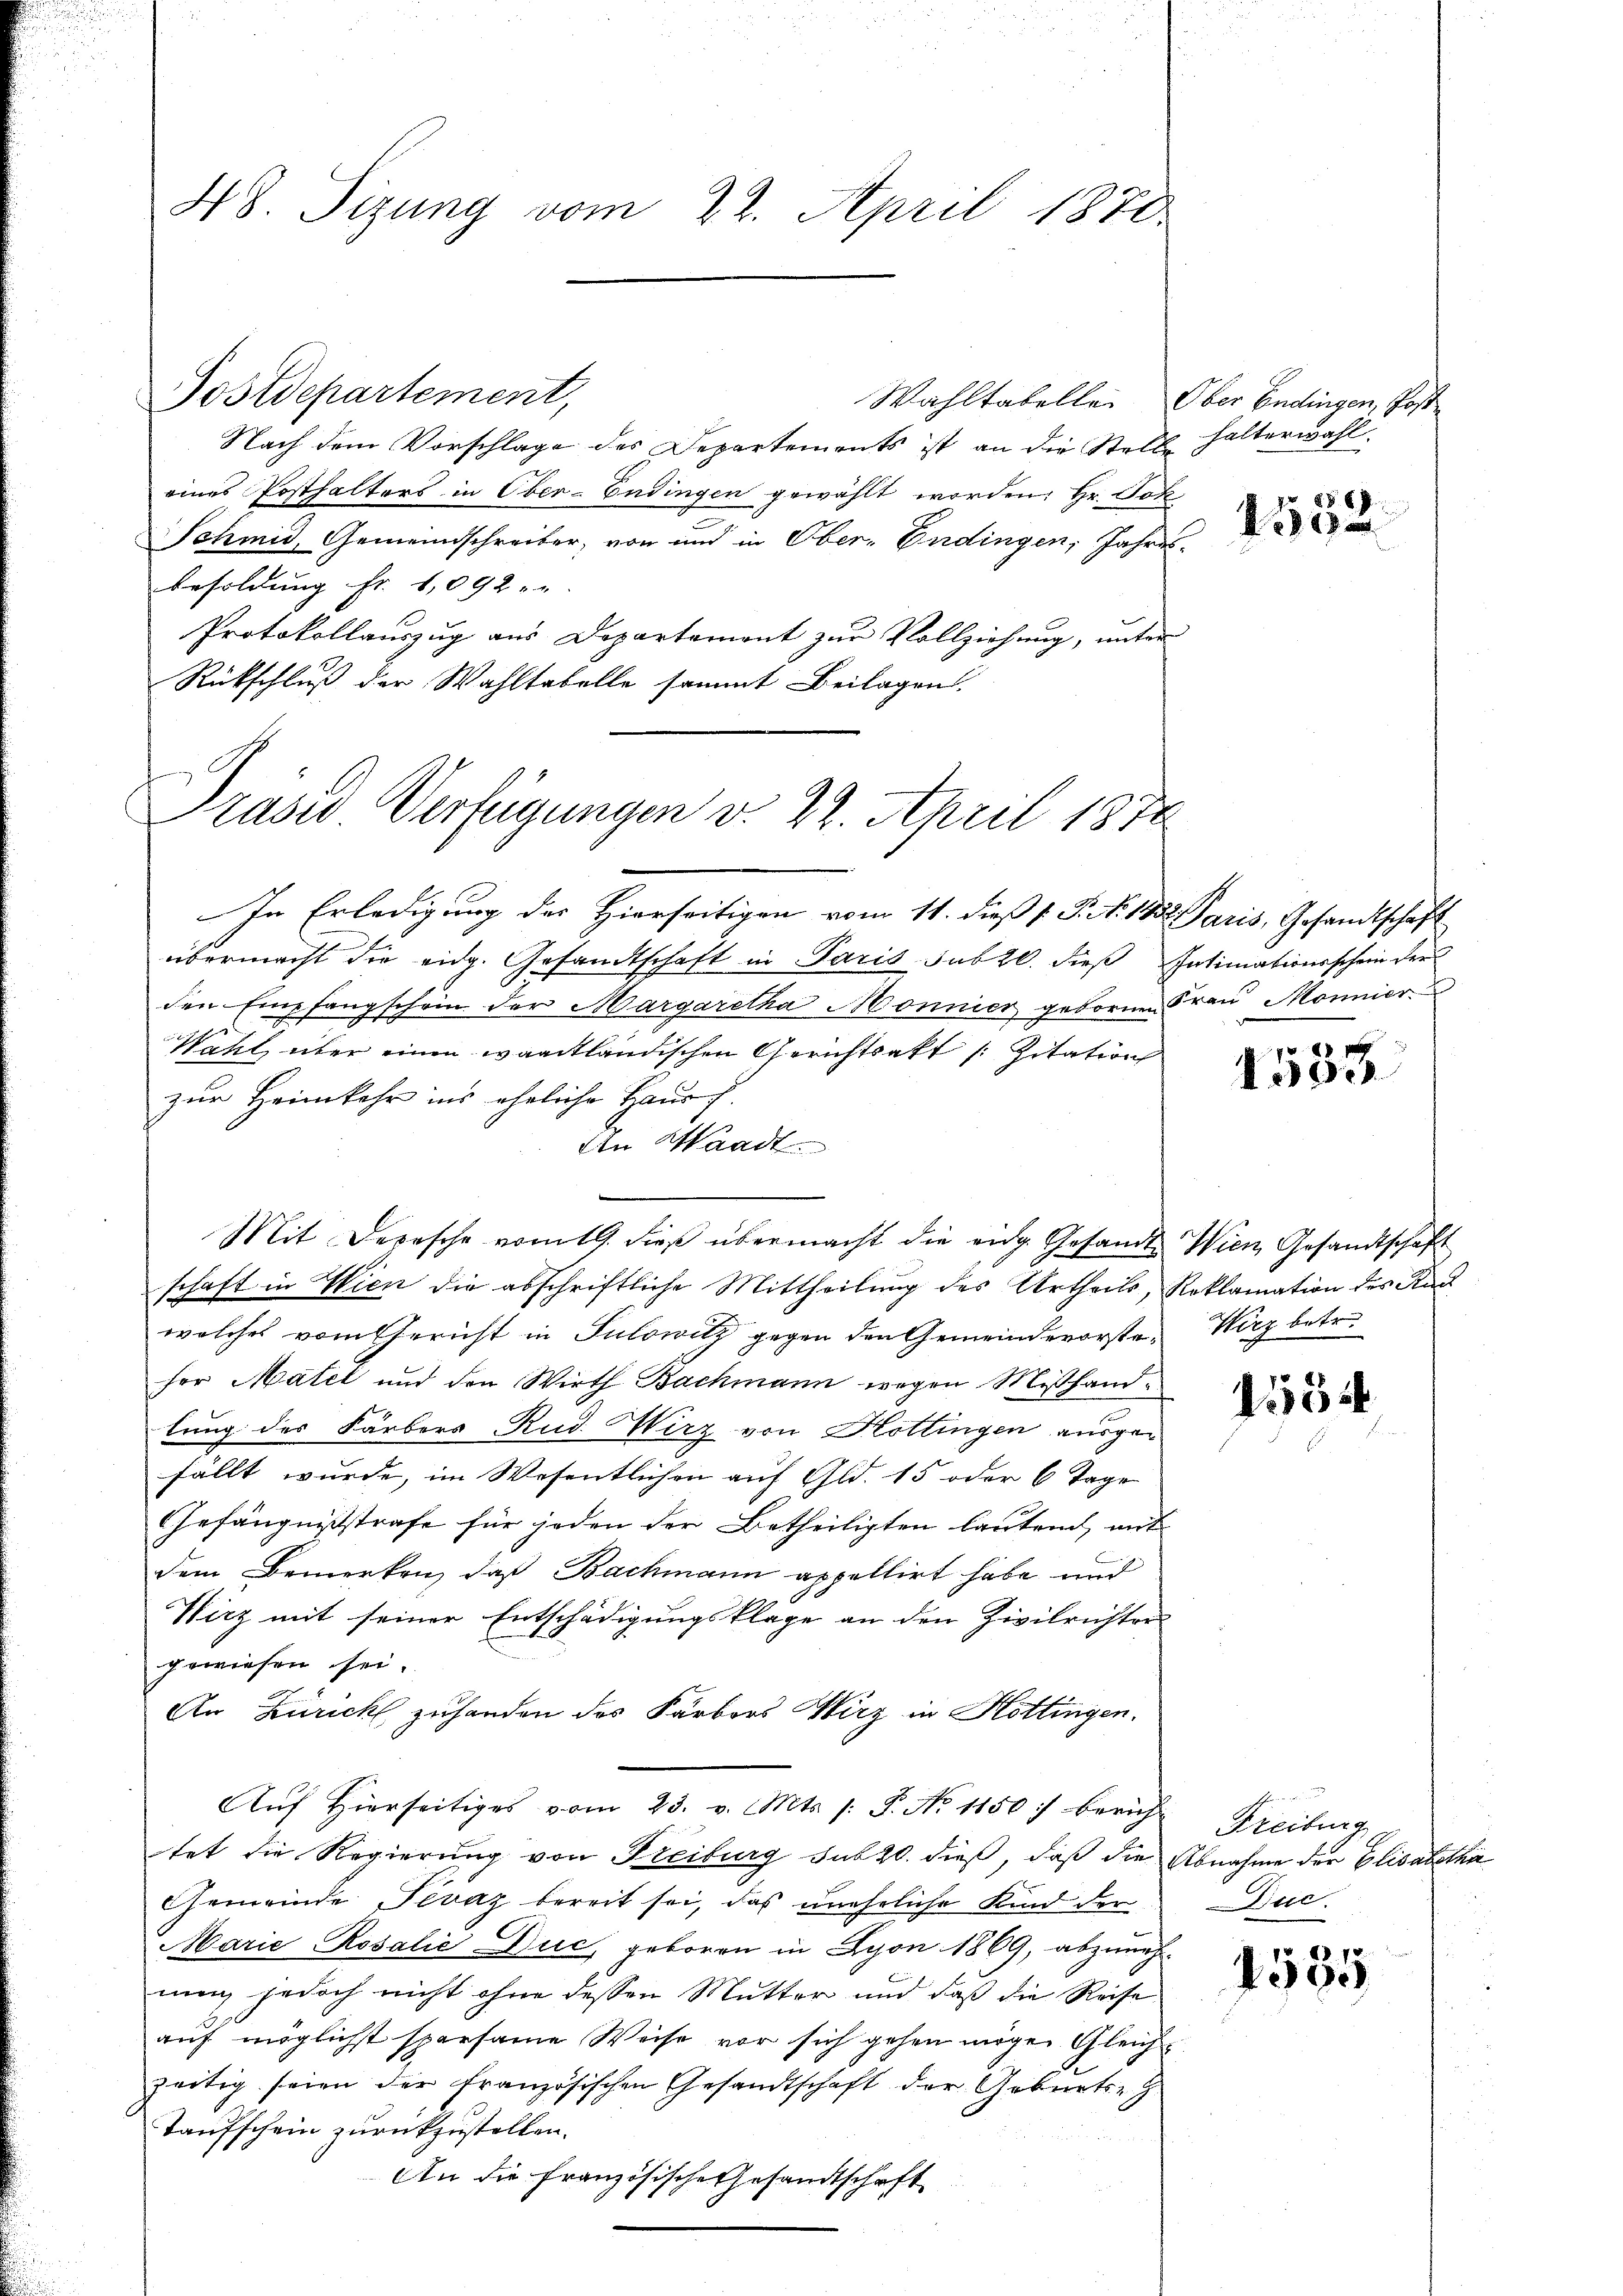
Nach dem Vorschlage des Departements ist an die Stelle
eines Posthalters in Ober-Endingen gewählt worden: Hr. Jok
Schmid, Gemeindschreiber, von und in Ober-Endingen, Jahres
besoldung Fr. 1,092
Protokollauszug aus Departement zur Vollziehung, unter
Rückschluß der Wahltabelle sammt Beilagen
Präsid. Verfügungen v. 22. April 1878

48 Sizung vom 22. April 1870

Josepartement,

In Erledigung des Hierseitigen vom 11. dieß s. S. Nr. 183. Paris, Gesandtschaft
übermacht die eidg. Gesandtschaft in Paris sub 20. dieß Intimationsschein der
den Empfangschein der Margaretha Mönnier gebornen Fraŭ Mönnier
Wahl über einen waadtländischen Gerichtsakt /: Zitation
zur Heimkehr ins eheliche Hausch.
An Waadt.
Mit Depesche vom 19. dieß übermacht die eidg. Gesandte Wien Gesandtschaft
schaft in Wien die abschriftliche Mittheilung des Urtheils, Reklamation des Kan
welches vom Gericht in Julowitz gegen den Gemeindevorste Wirz betre
fer Matel und den Wirth Bachmann wegen Mißhandlung des Färbers Rud. Wirz von Hottingen ausgefällt wurde, im Wesentlichen auf Gld. 15 oder 6 Tage
Gefängnißstrafe für jeden der Betheiligten lautend, mit
dem Bemerken, daß Bachmann appellirt habe und
Wirz mit seiner Entschädigungsklage an den Zivilrichter
gewiesen sei.
An Zürich zuhanden des Färbers Wirz in Köttingen.
Aŭf Hierseitiges vom 23. v. Mts. /: P. No 1150) Bericht
tet die Regierung von Freiburg sub 20. dieß, daß die Abnahme der Elisabethan
Gemeinde Pevaz bereit sei, das unehrliche Kind der
Marie-Rosalić Duc, geboren in Lyon 1869, abzunehnun, jedoch nicht ohne dessen Mutter und daß die Reise
auf möglichst sparsame Weise vor sich gehen möge. Gleichzeitig seien der Französischen Gesandtschaft der Geburts-G.
Taufschein zurückzustellen.
An die französische Gesandtschaft

Wahltabellen Ober Endingen, Koste
halterwahl.
 888 f
81

1533

1554

Freiburg
Bie.

. 78.
4390